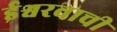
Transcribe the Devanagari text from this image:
ईश्वरवाची